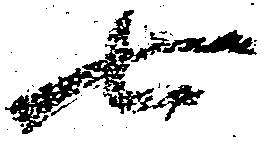
七